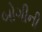
બોગીની